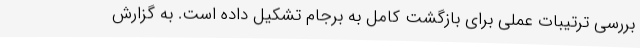
بررسی ترتیبات عملی برای بازگشت کامل به برجام تشکیل داده است. به گزارش